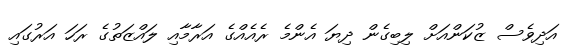
އަދިވެސް ޒުކަންއަށް ލިބިގެން ދިޔަ އެންމެ ރެއެއްގެ އަރާމާއި ލައްޒަތުގެ ރަހަ އަރުގައި